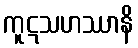
ကူဋသဟဿာနိ